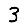
Digit: 3